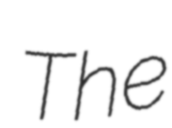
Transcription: The